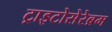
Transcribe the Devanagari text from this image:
ट्राइटोसेरेब्रम